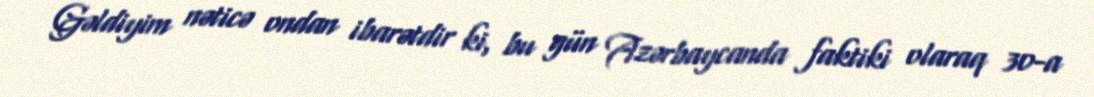
Gəldiyim nəticə ondan ibarətdir ki, bu gün Azərbaycanda faktiki olaraq 30-a